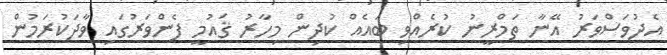
އެދުވަސްވަރު އޭނާ ތަމްރީނު ކުރެއްވި ބައެއް ކުދިން މިހާރު ޤައުމީ ފެންވަރުގައި ވާދަކުރަމުން